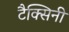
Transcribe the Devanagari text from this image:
टैक्सिनी